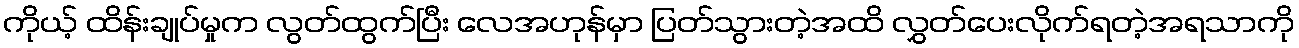
ကိုယ့် ထိန်းချုပ်မှုက လွတ်ထွက်ပြီး လေအဟုန်မှာ ပြတ်သွားတဲ့အထိ လွှတ်ပေးလိုက်ရတဲ့အရသာကို